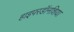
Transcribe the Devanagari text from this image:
हाइपरडॉनशिया